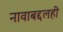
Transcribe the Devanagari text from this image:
नावाबद्दलही